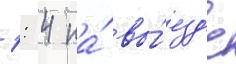
1: 4 на́ вы́езд'е